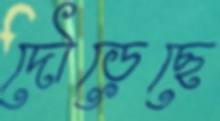
দৌড়েছে